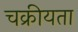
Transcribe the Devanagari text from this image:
चक्रीयता